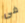
فى